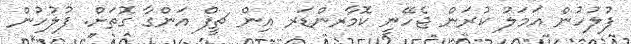
ފުލުހުން އަމަލު ކުރަން ޖެހޭނީ ކޮމާރންޑަރ އިން ޗީފް އަންގާ ގޮތަށް. ފުލުހުން